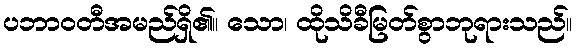
ပဘာဝတီအမည်ရှိ၏။ သော၊ ထိုသိခီမြတ်စွာဘုရားသည်။